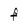
Character: F